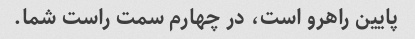
پایین راهرو است، در چهارم سمت راست شما.